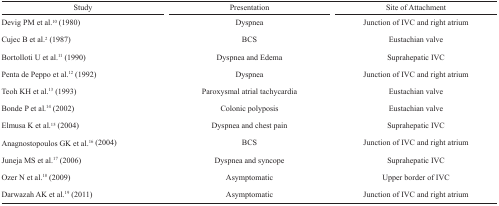
| Study | Presentation | Site of Attachment |
 | --- | --- | --- |
 | Devig PM et al.10 (1980) | Dyspnea | Junction of IVC and right atrium |
 | Cujec B et al.2 (1987) | BCS | Eustachian valve |
 | Bortolloti U et al.11 (1990) | Dyspnea and Edema | Suprahepatic IVC |
 | Penta de Peppo et al.12 (1992) | Dyspnea | Junction of IVC and right atrium |
 | Teoh KH et al.13 (1993) | Paroxysmal atrial tachycardia | Eustachian valve |
 | Bonde P et al.14 (2002) | Colonic polyposis | Eustachian valve |
 | Elmusa K et al.15 (2004) | Dyspnea and chest pain | Suprahepatic IVC |
 | Anagnostopoulos GK et al.16 (2004) | BCS | Junction of IVC and right atrium |
 | Juneja MS et al.17 (2006) | Dyspnea and syncope | Suprahepatic IVC |
 | Ozer N et al.18 (2009) | Asymptomatic | Upper border of IVC |
 | Darwazah AK et al.19 (2011) | Asymptomatic | Junction of IVC and right atrium |